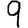
Digit: 9